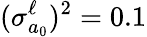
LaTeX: (\sigma_{a_{0}}^{\ell})^{2}=0.1